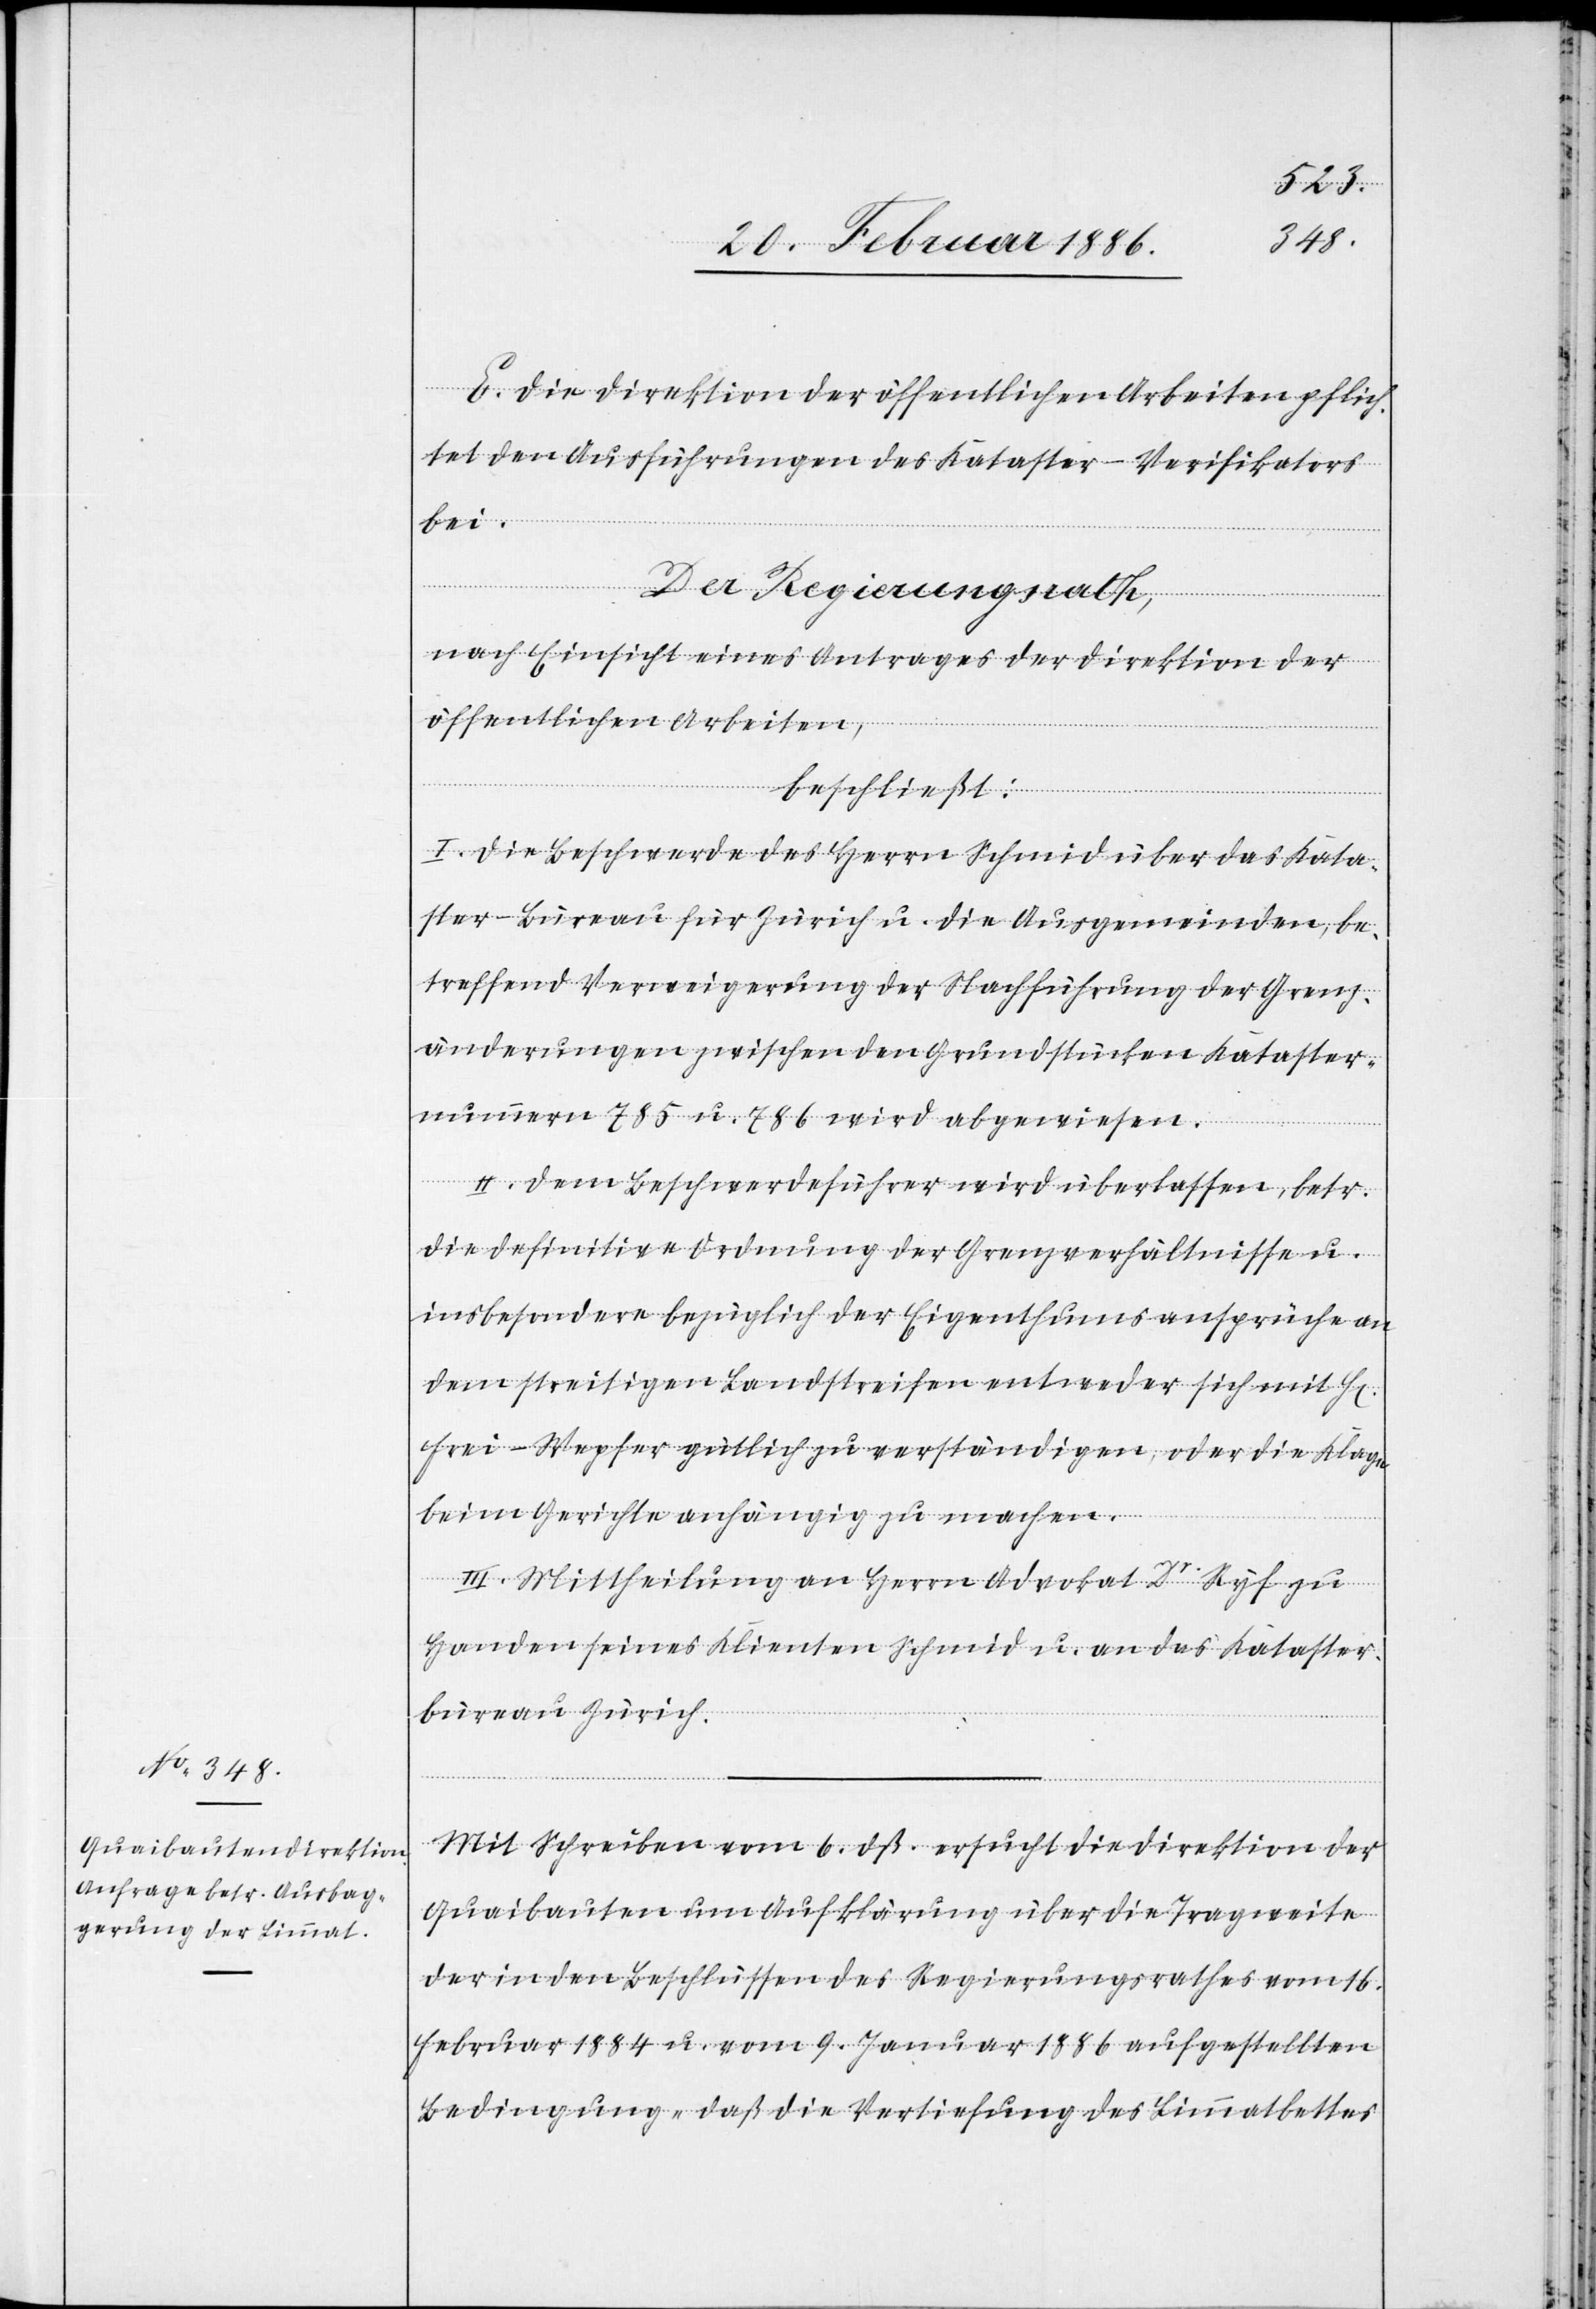
E. Die Direktion der öffentlichen Arbeiten pflich¬
tet den Ausführungen des Kataster-Verifikators
bei.
Der Regierungsrath,
nach Einsicht eines Antrages der Direktion der
öffentlichen Arbeiten,
beschließt:
I. Die Beschwerde des Herrn Schmid über das Kata¬
ster-Büreau für Zürich u. die Ausgemeinden, be¬
treffend Verweigerung der Nachführung der Grenz¬
änderung zwischen den Grundstücken Kataster¬
nummern 785 u. 786 wird abgewiesen.
II. Dem Beschwerdeführer wird überlassen, betr.
die definitive Ordnung der Grenzverhältnisse u.
insbesondere bezüglich der Eigenthumsansprüche an
den streitigen Landstreifen entweder sich mit Hr.
Frei-Wepfer gütlich zu verständigen, oder die Klage
beim Gerichte anhängig zu machen.
III. Mittheilung an Herrn Advokat Dr. Ryf zu
Handen seines Klienten Schmid u. an das Kataster¬
büreau Zürich.
Mit schreiben vom 6. dß. ersucht die Direktion der
Quaibrücken um Aufklärung über die Tragweite
der in den Beschlüssen des Regierungsrathes vom 16.
Februar 1884 u. vom 9. Januar 1886 aufgestellten
Bedingungen „daß die Vertiefung des Limmatbettes